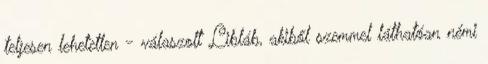
teljesen lehetetlen - válaszolt Libláb, akiből szemmel láthatóan némi